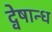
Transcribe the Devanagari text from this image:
द्वेषान्ध